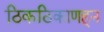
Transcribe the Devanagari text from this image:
ठिकठिकाणहून